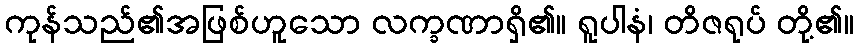
ကုန်သည်၏အဖြစ်ဟူသော လက္ခဏာရှိ၏။ ရူပါနံ၊ တိဇရုပ် တို့၏။